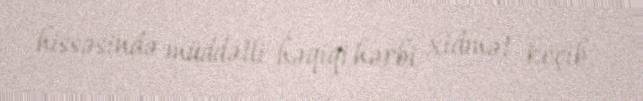
hissəsində müddətli həqiqi hərbi xidmət keçib.